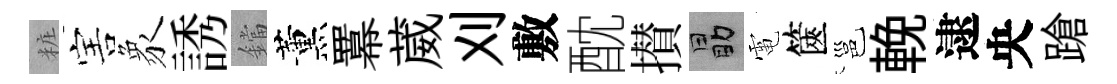
粧害象誘鐺薰羃葳刈敷酖攅勗電篋邕輓逮央蹌